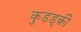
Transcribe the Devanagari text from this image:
कुडड्की